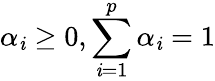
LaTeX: \alpha_{\mathit{i}}\geq0,\sum_{\mathit{i}=1}^{p}\alpha_{\mathit{i}}=1